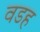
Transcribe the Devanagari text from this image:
वडह